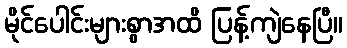
မိုင်ပေါင်းများစွာအထိ ပြန့်ကျဲနေပြီ။